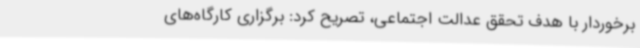
برخوردار با هدف تحقق عدالت اجتماعی، تصریح کرد: برگزاری کارگاه‌های